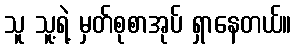
သူ သူ့ရဲ့ မှတ်စုစာအုပ် ရှာနေတယ်။